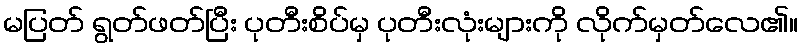
မပြတ် ရွတ်ဖတ်ပြီး ပုတီးစိပ်မှ ပုတီးလုံးများကို လိုက်မှတ်လေ၏။